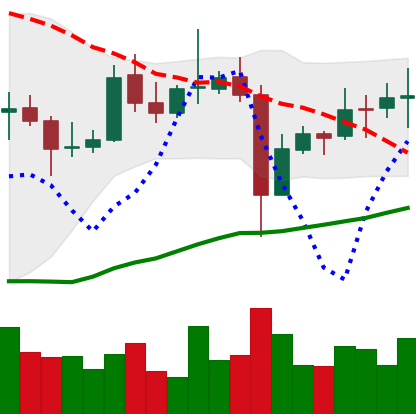
Ticker: EOS-USD
Chart end date: 2021-11-03
Forward return: 3.183%
Label: up_3_5